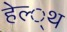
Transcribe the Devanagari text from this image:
हेल्‍्थ